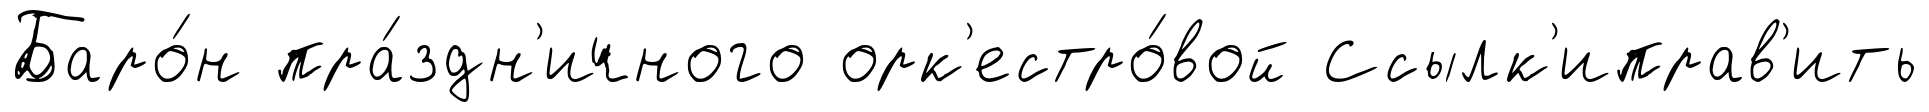
Баро́н пра́здн'ичного орк'естро́вой Ссылк'иправ'ить